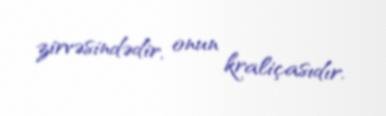
zirvəsindədir, onun kraliçasıdır.